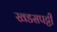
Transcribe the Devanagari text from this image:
खडसपट्टी